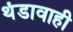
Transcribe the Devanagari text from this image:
थंडावाही